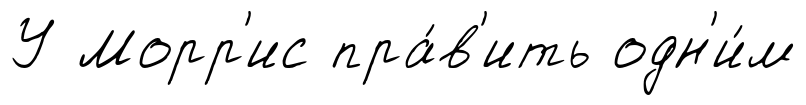
У Морр'ис пра́в'ить одн'и́м